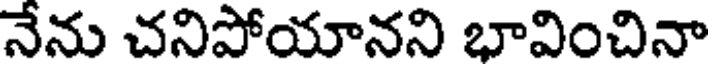
నేను చనిపోయానని భావించినా